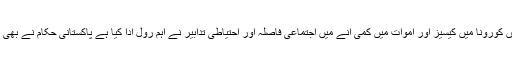
واضح رہے کہ پاکستان میں کورونا میں کیسیز اور اموات میں کمی آنے میں اجتماعی فاصلہ اور احتیاطی تدابیر نے اہم رول ادا کیا ہے پاکستانی حکام نے بھی ان کی ہدایات کر رہے ہیں۔